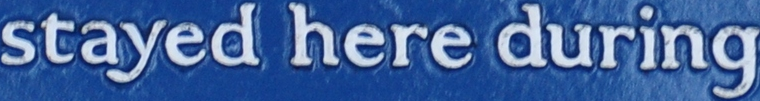
stayed here during